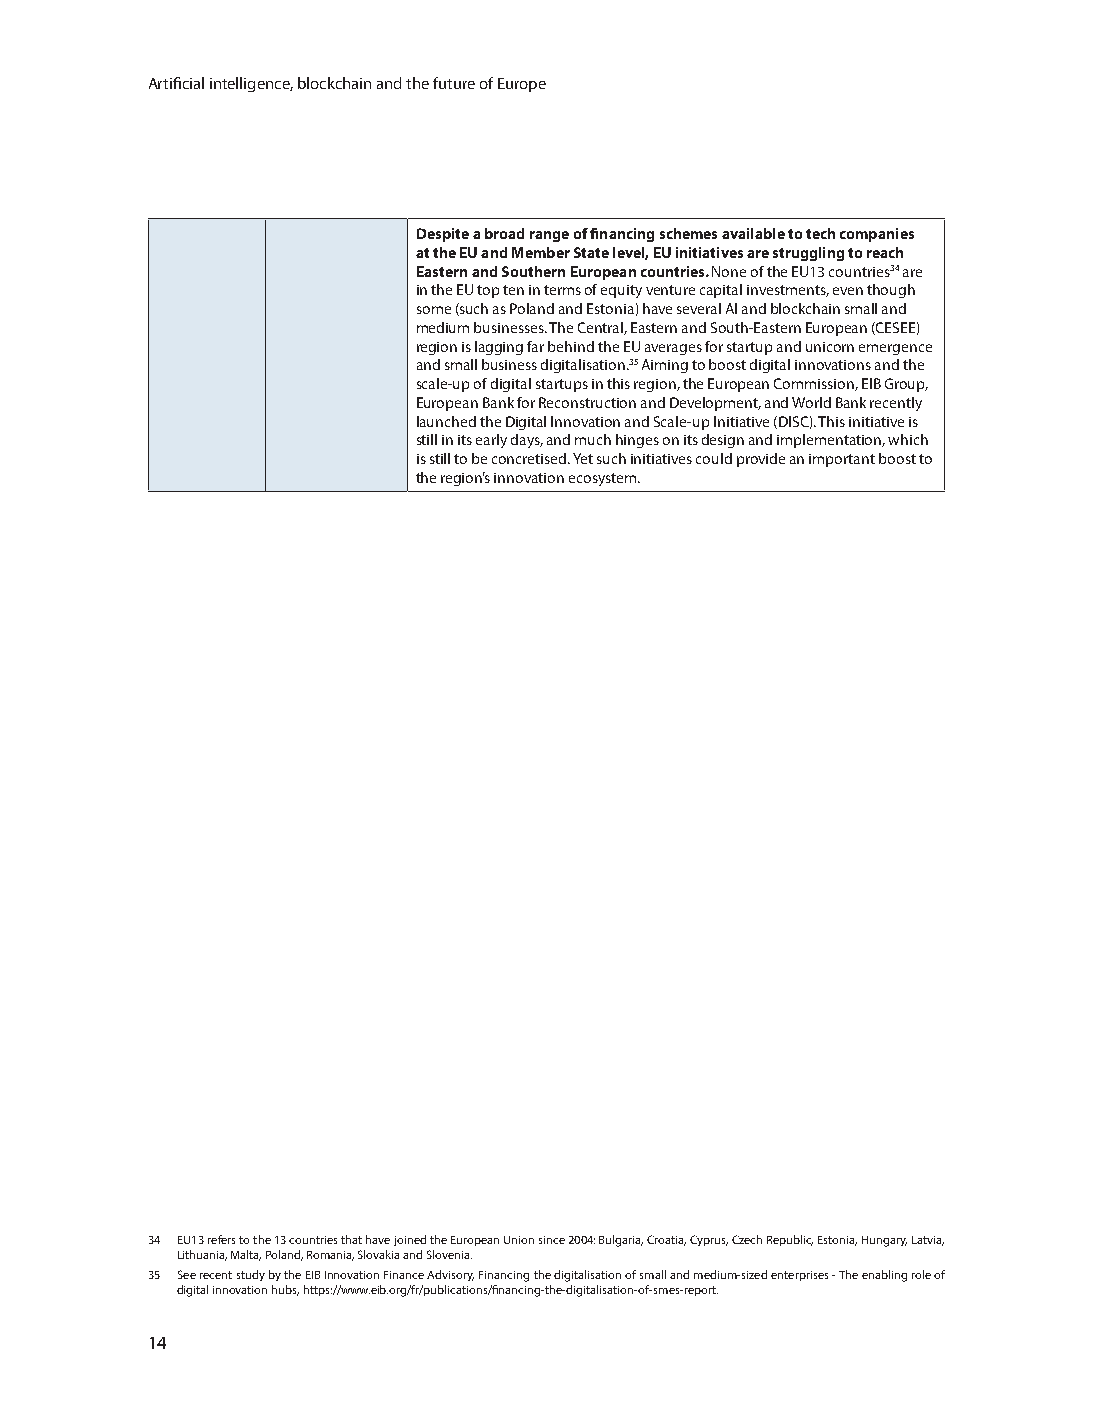
Artificial intelligence, blockchain and the future of Europe
 Despite a broad range of financing schemes available to tech companies
 at the EU and Member State level, EU initiatives are struggling to reach
 Eastern and Southern European countries. None of the EU13 countries34 are
 in the EU top ten in terms of equity venture capital investments, even though
 some (such as Poland and Estonia) have several AI and blockchain small and
 medium businesses. The Central, Eastern and South-Eastern European (CESEE)
 region is lagging far behind the EU averages for startup and unicorn emergence
 and small business digitalisation.35 Aiming to boost digital innovations and the
 scale-up of digital startups in this region, the European Commission, EIB Group,
 European Bank for Reconstruction and Development, and World Bank recently
 launched the Digital Innovation and Scale-up Initiative (DISC). This initiative is
 still in its early days, and much hinges on its design and implementation, which
 is still to be concretised. Yet such initiatives could provide an important boost to
 the region’s innovation ecosystem.
 34 EU13 refers to the 13 countries that have joined the European Union since 2004: Bulgaria, Croatia, Cyprus, Czech Republic, Estonia, Hungary, Latvia,
 Lithuania, Malta, Poland, Romania, Slovakia and Slovenia.
 35 See recent study by the EIB Innovation Finance Advisory, Financing the digitalisation of small and medium-sized enterprises - The enabling role of
 digital innovation hubs, https://www.eib.org/fr/publications/financing-the-digitalisation-of-smes-report.
 14